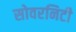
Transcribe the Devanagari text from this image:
सोवरनिटी